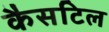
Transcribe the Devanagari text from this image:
कैसटिल